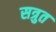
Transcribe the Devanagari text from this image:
सत्रुत